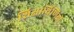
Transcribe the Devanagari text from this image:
शिक्षार्थिणियों